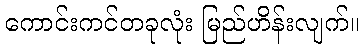
ကောင်းကင်တခုလုံး မြည်ဟိန်းလျက်။